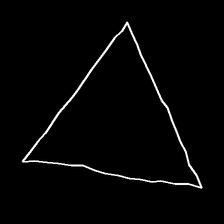
Glyph: convergence